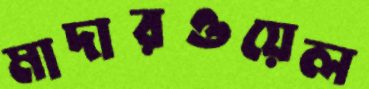
মাদারওয়েল